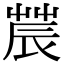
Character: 𨑆